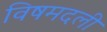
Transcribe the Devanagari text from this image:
विषमदली